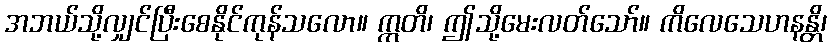
အဘယ်သို့လျှင်ပြီးစေနိုင်ကုန်သလော။ ဣတိ၊ ဤသို့မေးလတ်သော်။ ကိလေသေဟနန္တိ၊